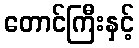
တောင်ကြီးနှင့်